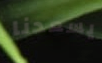
يسعدنا